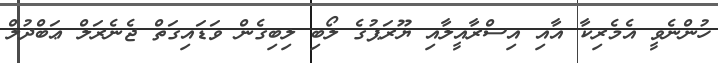
ހުންނެވީ އެމެރިކާ އާއި އިސްރާއީލާއި ޔޫރަޕުގެ ލޯބި ލިބިގެން ވަޑައިގަތް ޖެނެރަލް ޢަބްދުލް